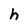
Character: h